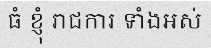
ធំ ខ្ញុំ រាជការ ទាំងអស់